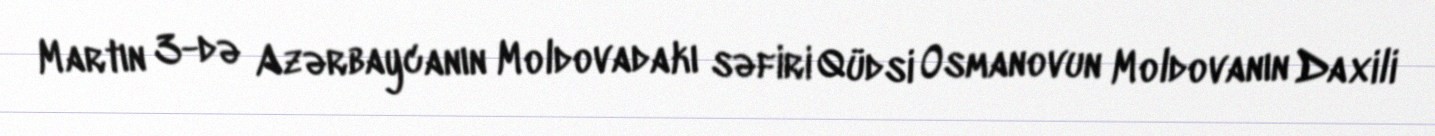
Martın 3-də Azərbaycanın Moldovadakı səfiri Qüdsi Osmanovun Moldovanın Daxili